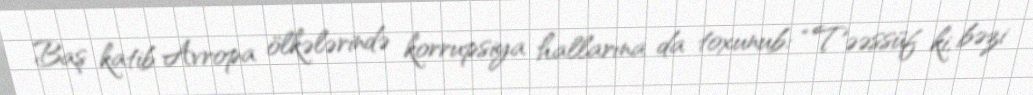
Baş katib Avropa ölkələrində korrupsiya hallarına da toxunub: “Təəssüf ki, bəzi